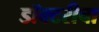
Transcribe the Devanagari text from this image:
डॉक्टरीचा